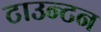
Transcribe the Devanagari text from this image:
टाउन्टन